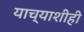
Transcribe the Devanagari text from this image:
याच्याशीही